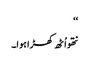
‘‘
نتھو اُٹھ کھڑا ہوا۔